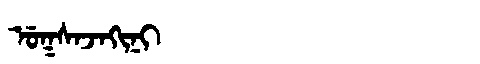
Manchu: ᡠᡴᠰᠠᠵᠠᡴᡳᠨᡳ
Romanization: UKSAJAKINI